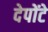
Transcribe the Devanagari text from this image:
देपोंटे